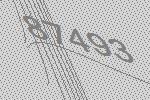
87493